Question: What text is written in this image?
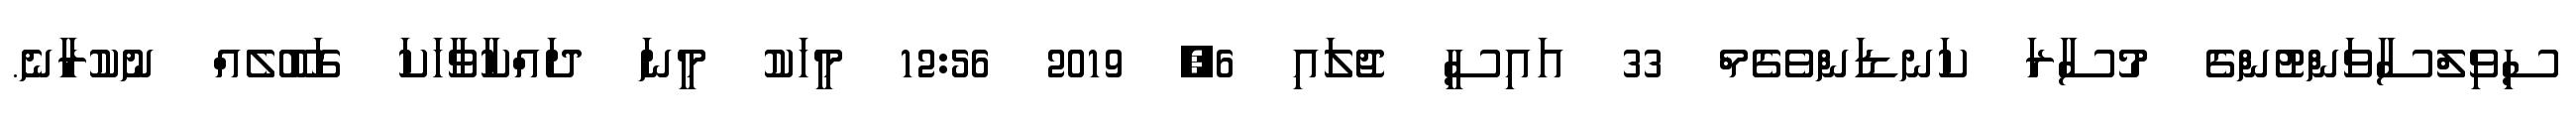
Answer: ސިވިލްސާވަންޓުންގެ މުސާރަ ކަނޑަންވެގެމް 33 އައިސީ ޖުލައި 6, 2019 12:56 މީހަކު މީނަ ދައްކާވާހަކަ ގަބޫލެއް ނުކުރާނެ.